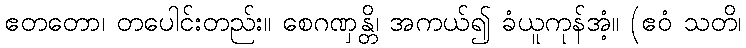
ဧတတော၊ တပေါင်းတည်း။ စေဂဏှန္တိ၊ အကယ်၍ ခံယူကုန်အံ့။ (ဧဝံ သတိ၊